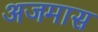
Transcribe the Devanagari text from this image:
अजमास